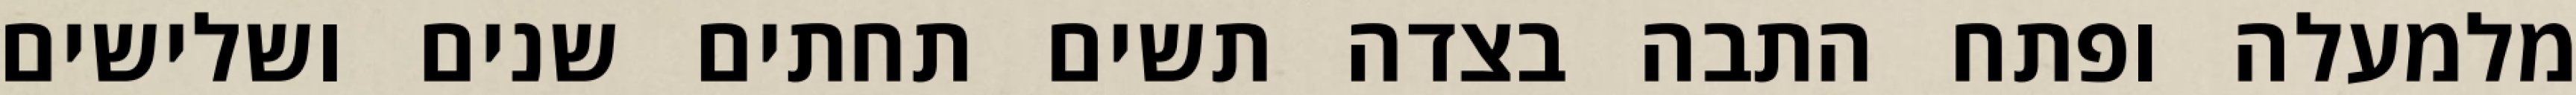
מלמעלה ופתח התבה בצדה תשים תחתים שנים ושלישים